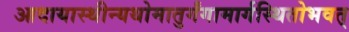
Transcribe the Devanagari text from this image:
आदायास्थीन्यथोमातुर्गंगामार्गस्थितोभवत्